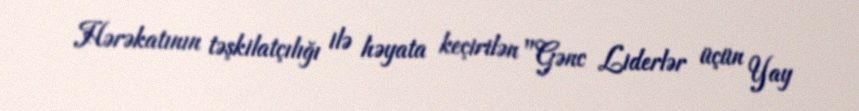
Hərəkatının təşkilatçılığı ilə həyata keçirilən "Gənc Liderlər üçün Yay